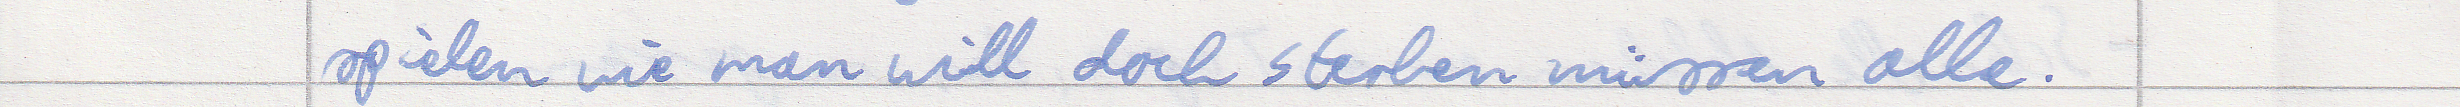
spielen wie man will doch sterben müssen alle.